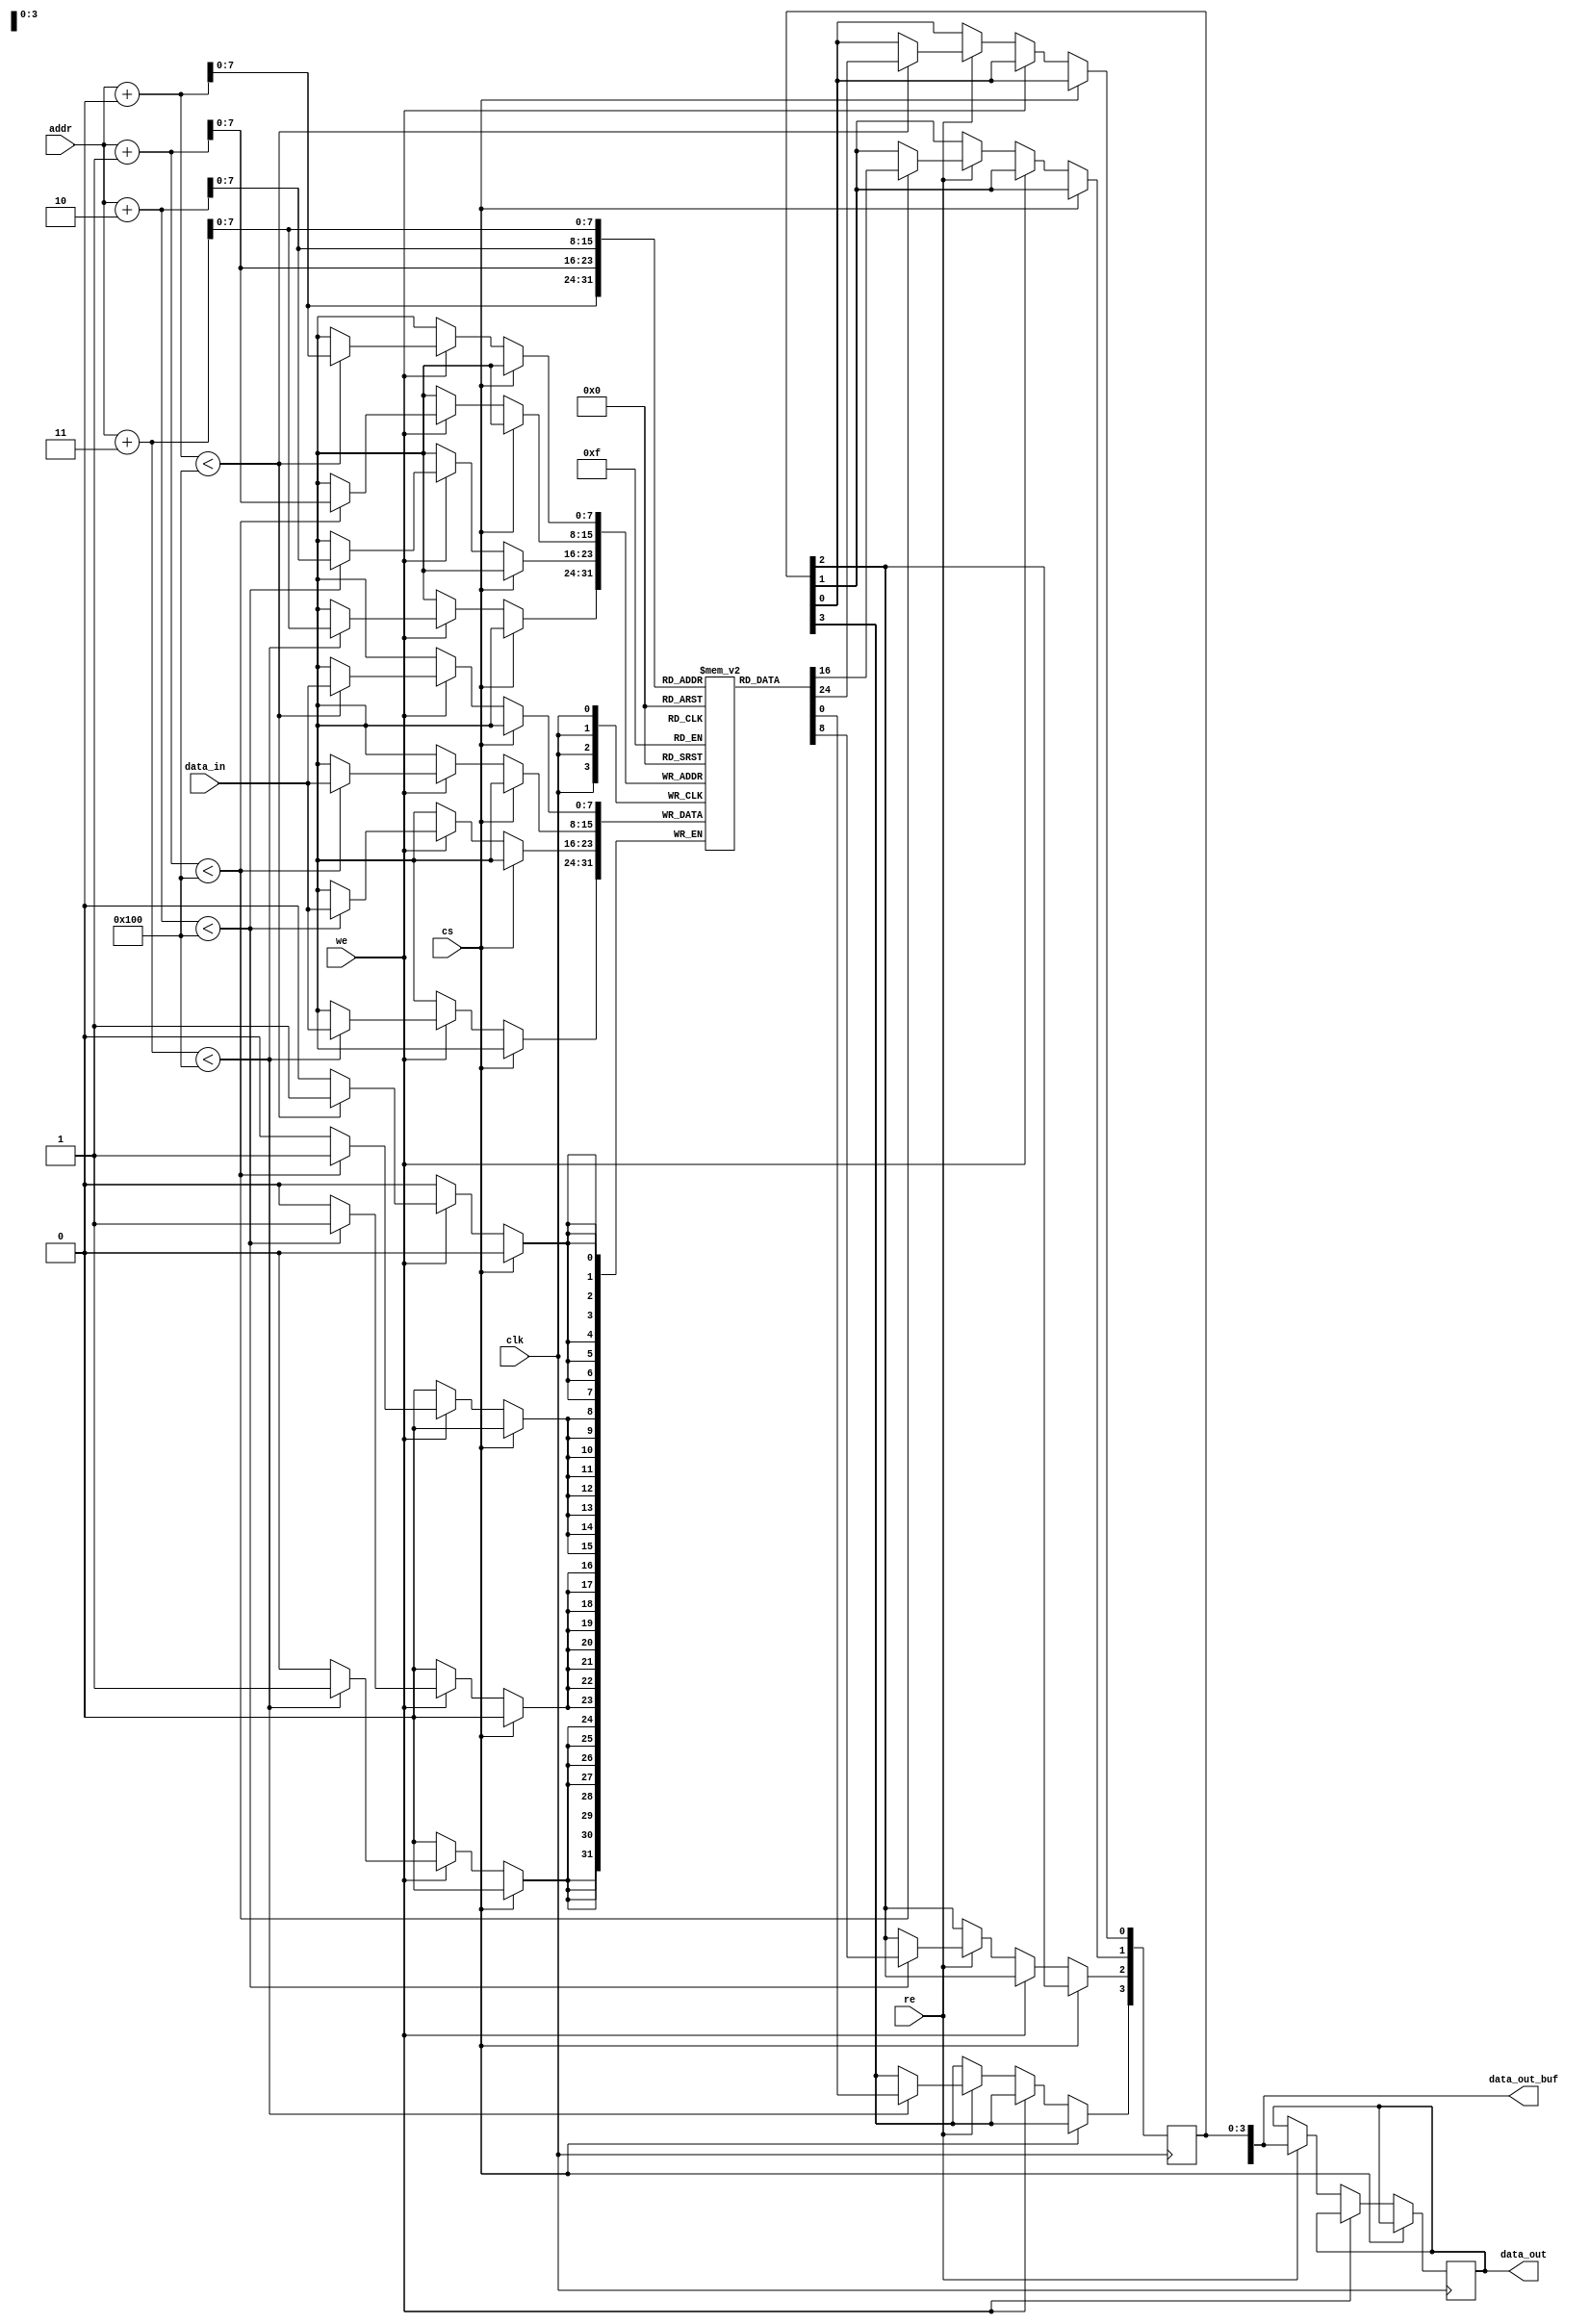
module BurstSRAM #(
    parameter ADDR_WIDTH = 8,  // Address width for 256x256 bits
    parameter DATA_WIDTH = 8,   // Data width (configurable)
    parameter BURST_LENGTH = 4   // Configurable burst length
)(
    input wire clk,               // Clock signal
    input wire cs,                // Chip Select
    input wire re,                // Read Enable
    input wire we,                // Write Enable
    input wire [ADDR_WIDTH-1:0] addr, // Address
    input wire [DATA_WIDTH-1:0] data_in, // Data Input
    output reg [DATA_WIDTH-1:0] data_out, // Data Output
    output reg [DATA_WIDTH-1:0] data_out_buf // Buffer for burst output
);

    // Memory declaration
    reg [DATA_WIDTH-1:0] memory [0:(1 << ADDR_WIDTH)-1]; // 256x256 bits

    // Burst operation control
    integer i;

    always @(posedge clk) begin
        if (!cs) begin // If chip is selected
            if (we) begin // Write operation
                for (i = 0; i < BURST_LENGTH; i = i + 1) begin
                    if (addr + i < (1 << ADDR_WIDTH)) begin
                        memory[addr + i] <= data_in; // Write data
                    end
                end
            end else if (re) begin // Read operation
                for (i = 0; i < BURST_LENGTH; i = i + 1) begin
                    if (addr + i < (1 << ADDR_WIDTH)) begin
                        data_out_buf[i] <= memory[addr + i]; // Read data
                    end
                end
                data_out <= data_out_buf; // Output the data buffer
            end
        end
    end

endmodule